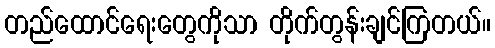
တည်ထောင်ရေးတွေကိုသာ တိုက်တွန်းချင်ကြတယ်။